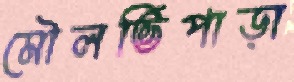
মৌলভিপাড়া